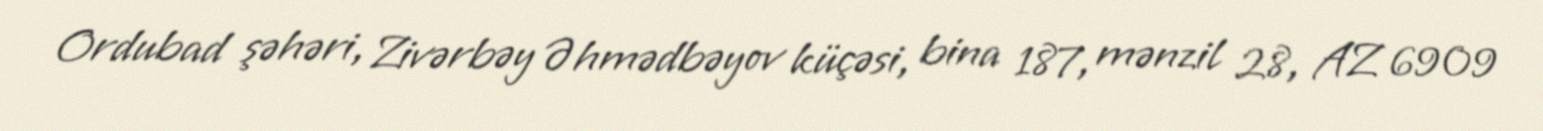
Ordubad şəhəri, Zivərbəy Əhmədbəyov küçəsi, bina 187, mənzil 28, AZ 6909